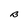
Character: B